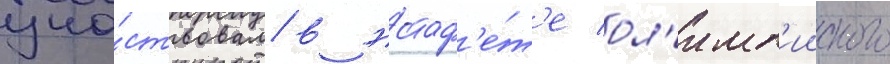
уча́ствовал в эстаф'е́т'е ол'имп'ииского